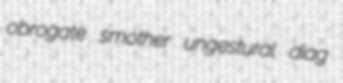
obrogate smother ungestural diag